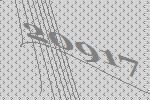
20917